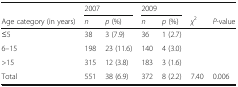
<table><thead><tr><td></td><td colspan="2"><b>2007</b></td><td colspan="2"><b>2009</b></td><td colspan="2"></td></tr><tr><td><b>Age category (in years)</b></td><td><b><i>n</i></b></td><td><b><i>p</i> (%)</b></td><td><b><i>n</i></b></td><td><b><i>p</i> (%)</b></td><td><b><i>χ</i><sup>2</sup></b></td><td><b><i>P-</i>value</b></td></tr></thead><tbody><tr><td>≤5</td><td>38</td><td>3 (7.9)</td><td>36</td><td>1 (2.7)</td><td></td><td></td></tr><tr><td>6–15</td><td>198</td><td>23 (11.6)</td><td>140</td><td>4 (3.0)</td><td></td><td></td></tr><tr><td>&gt;15</td><td>315</td><td>12 (3.8)</td><td>183</td><td>3 (1.6)</td><td></td><td></td></tr><tr><td>Total</td><td>551</td><td>38 (6.9)</td><td>372</td><td>8 (2.2)</td><td>7.40</td><td>0.006</td></tr></tbody></table>